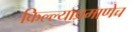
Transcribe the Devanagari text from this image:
किल्ल्याप्रमाणेच